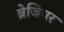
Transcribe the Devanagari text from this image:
ब्रेजियर